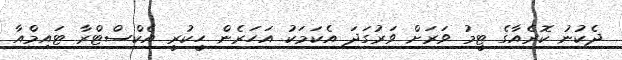
ދެކުނު ކޮރެއާގެ ޓީމު ވަރަށް ވަރުގަދަ އެކަމަކު އަހަރެން ހީކުރީ އެކްސްޓްރާ ޓައިމްއާ